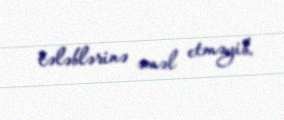
tələblərinə əməl etməyib.